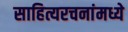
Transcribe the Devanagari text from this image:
साहित्यरचनांमध्ये